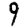
Digit: 9